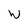
Character: W